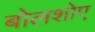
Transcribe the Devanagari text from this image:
बोलशोए